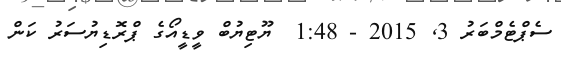
ސެޕްޓެމްބަރު 3